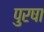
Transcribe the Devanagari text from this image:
पुरषा